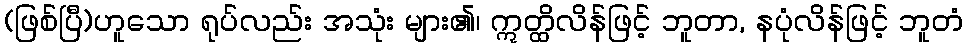
(ဖြစ်ပြီ)ဟူသော ရုပ်လည်း အသုံး များ၏၊ ဣတ္ထိလိန်ဖြင့် ဘူတာ, နပုံလိန်ဖြင့် ဘူတံ